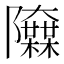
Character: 𨽬